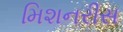
મિશનરીસ